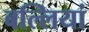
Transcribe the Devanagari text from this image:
बल्लियां